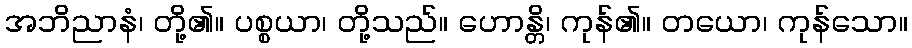
အဘိညာနံ၊ တို့၏။ ပစ္စယာ၊ တို့သည်။ ဟောန္တိ၊ ကုန်၏။ တယော၊ ကုန်သော။